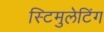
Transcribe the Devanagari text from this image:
स्टिमुलेटिंग